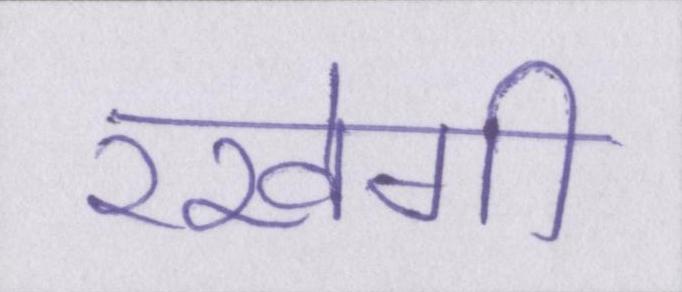
रखेगी